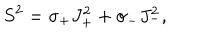
S ^ { 2 } = \sigma _ { + } J _ { + } ^ { 2 } + \sigma _ { - } J _ { - } ^ { 2 } ,